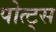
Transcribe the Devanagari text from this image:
पोत्ट्स